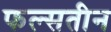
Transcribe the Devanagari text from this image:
फल्सतीन